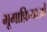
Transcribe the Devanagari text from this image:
भूमाफ़ियाओं